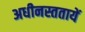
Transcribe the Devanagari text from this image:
अधीनस्ततायें